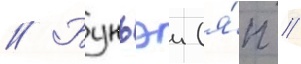
// Бунъэи (я́п //